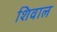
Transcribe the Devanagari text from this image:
शिवाल